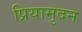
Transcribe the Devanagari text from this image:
प्रियामुदन